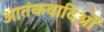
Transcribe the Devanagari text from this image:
आतंकवादिओं